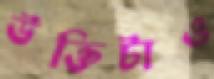
উক্তিটাও